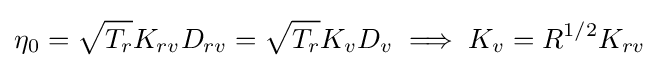
\eta _{0}={\sqrt {T_{r}}}K_{rv}D_{rv}={\sqrt {T_{r}}}K_{v}D_{v}\implies K_{v}=R^{1/2}K_{rv}